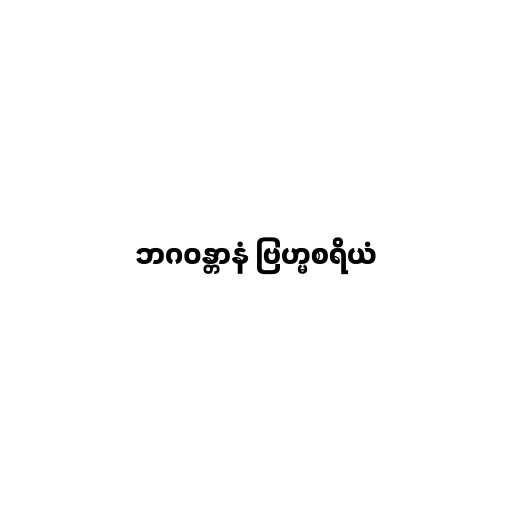
ဘဂဝန္တာနံ ဗြဟ္မစရိယံ